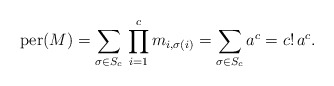
\begin{align*}\mathrm{per}(M) = \sum_{\sigma\in S_{c}}\,\prod_{i = 1}^c m_{i,\sigma(i)} = \sum_{\sigma\in S_{c}} a^c = c!\,a^c.\end{align*}